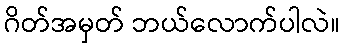
ဂိတ်အမှတ် ဘယ်လောက်ပါလဲ။